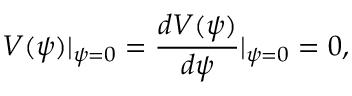
V ( \psi ) | _ { \psi = 0 } = \frac { d V ( \psi ) } { d \psi } | _ { \psi = 0 } = 0 ,